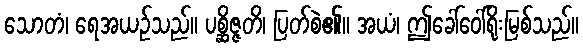
သောတံ၊ ရေအယဉ်သည်။ ပစ္ဆိဇ္ဇတိ၊ ပြတ်စဲ၏။ အယံ၊ ဤခေါ်ဝေါ်ရိုးမြစ်သည်။